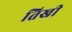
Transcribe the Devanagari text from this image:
तिखी